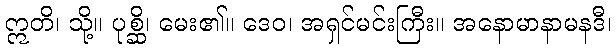
ဣတိ၊ သို့။ ပုစ္ဆိ၊ မေး၏။ ဒေဝ၊ အရှင်မင်းကြီး။ အနောမာနာမနဒီ၊